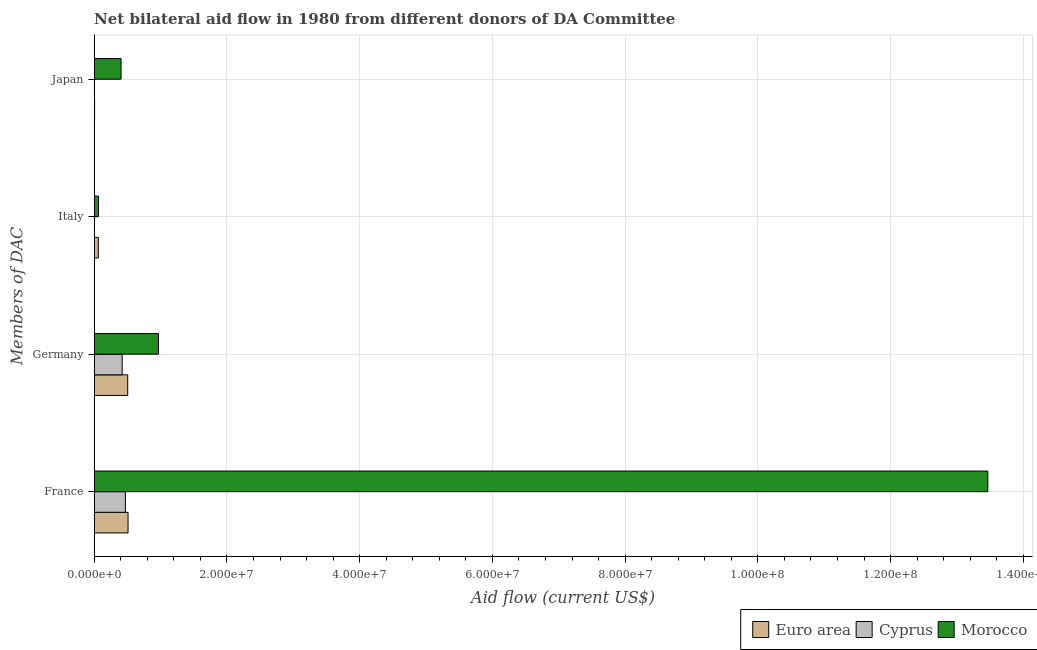
| Members of DAC | Euro area | Cyprus | Morocco |
 | --- | --- | --- | --- |
 | France | 5.1e+06 | 4.7e+06 | 1.35e+08 |
 | Germany | 5.05e+06 | 4.22e+06 | 9.69e+06 |
 | Italy | 6.2e+05 | 3e+04 | 6.5e+05 |
 | Japan | 6e+04 | 5e+04 | 4.05e+06 |